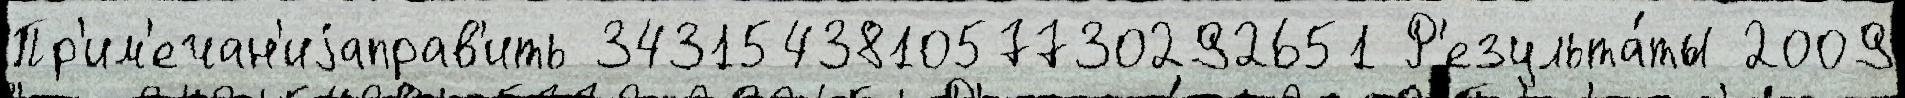
Пр'им'ечан'иjаправ'ить 343154381057730292651 Р'езульта́ты 2009